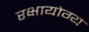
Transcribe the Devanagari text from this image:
रक्षायोग्य